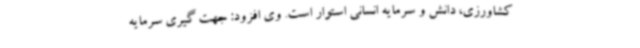
کشاورزی، دانش و سرمایه انسانی استوار است. وی افزود: جهت گیری سرمایه